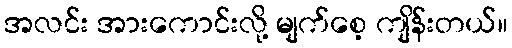
အလင်း အားကောင်းလို့ မျက်စေ့ ကျိန်းတယ်။